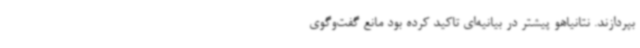
بپردازند. نتانیاهو پیشتر در بیانیه‌ای تاکید کرده بود مانع گفت‌وگوی